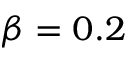
\beta = 0 . 2